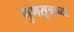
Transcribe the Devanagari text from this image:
गुणसूत्राच्या